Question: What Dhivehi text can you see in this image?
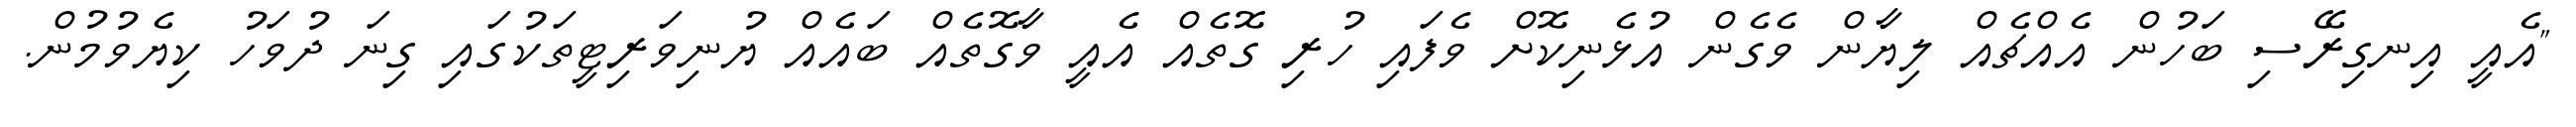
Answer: "އެއީ އިނގިރޭސި ބަހުން އެއްޗެއް ލިޔާން ވެގެން އުޅެނިކޮށް ވެފައި ހުރި ގޮތެއް އެއީ ވާގޮތެއް ބައެއް ޔުނިވަރިޓީތަކުގައި ގިނަ ދުވަހު ކިޔެވުމުން.